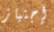
إجتياز